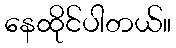
နေထိုင်ပါတယ်။